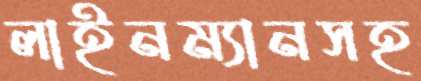
লাইনম্যানসহ